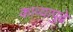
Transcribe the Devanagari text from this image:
काव्यापुढे